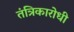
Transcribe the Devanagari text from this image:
तंत्रिकारोधी